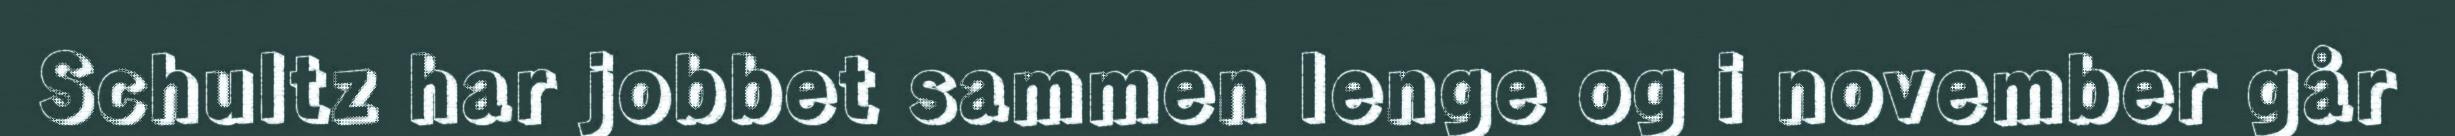
Schultz har jobbet sammen lenge og i november går